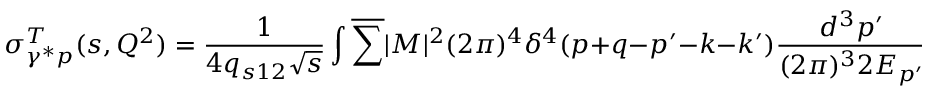
\sigma _ { \gamma ^ { * } p } ^ { T } ( s , Q ^ { 2 } ) = \frac { 1 } { 4 q _ { s 1 2 } \sqrt { s } } \int \overline { { { \sum } } } | { \cal M } | ^ { 2 } ( 2 \pi ) ^ { 4 } \delta ^ { 4 } ( p + q - p ^ { \prime } - k - k ^ { \prime } ) \frac { d ^ { 3 } p ^ { \prime } } { ( 2 \pi ) ^ { 3 } 2 E _ { p ^ { \prime } } } \frac { d ^ { 3 } k } { ( 2 \pi ) ^ { 3 } 2 E _ { k } } \frac { d ^ { 3 } k ^ { \prime } } { ( 2 \pi ) ^ { 3 } 2 E _ { k ^ { \prime } } } ,